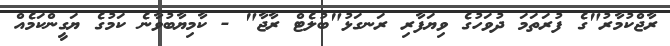
ރާޖްކުމާރު"ގެ ފުރަތަމަ ދުވަހުގެ ވިޔަފާރި ރަނގަޅު"ބުލެޓް ރާޖާ" - ކާމިޔާބުވާނެ ކަމުގެ ޔަގީންކަމެއް